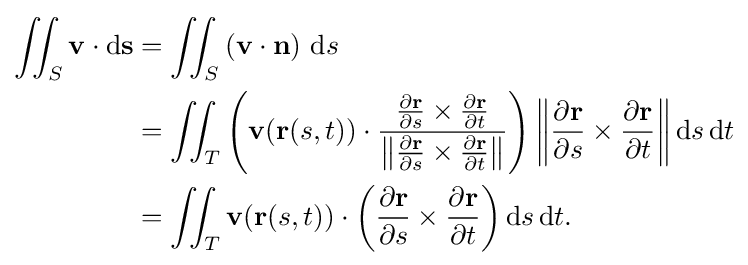
{\begin{aligned}\iint _{S}{\mathbf {v} }\cdot \mathrm {d} {\mathbf {s} }&=\iint _{S}\left({\mathbf {v} }\cdot {\mathbf {n} }\right)\,\mathrm {d} s\\&{}=\iint _{T}\left({\mathbf {v} }(\mathbf {r} (s,t))\cdot {{\frac {\partial \mathbf {r} }{\partial s}}\times {\frac {\partial \mathbf {r} }{\partial t}} \over \left\|{\frac {\partial \mathbf {r} }{\partial s}}\times {\frac {\partial \mathbf {r} }{\partial t}}\right\|}\right)\left\|{\frac {\partial \mathbf {r} }{\partial s}}\times {\frac {\partial \mathbf {r} }{\partial t}}\right\|\mathrm {d} s\,\mathrm {d} t\\&{}=\iint _{T}{\mathbf {v} }(\mathbf {r} (s,t))\cdot \left({\frac {\partial \mathbf {r} }{\partial s}}\times {\frac {\partial \mathbf {r} }{\partial t}}\right)\mathrm {d} s\,\mathrm {d} t.\end{aligned}}